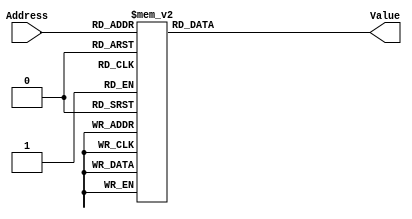
module rom16_im(
	input [2:0] Address, 
	output signed [13-1:0] Value
);

	reg signed[13-1:0] data;
	always @(Address) begin
		case (Address)
			0 : data = 13'd0;
			1 : data = -13'd784;
			2 : data = -13'd1449;
			3 : data = -13'd1893;
			4 : data = -13'd2048;
			5 : data = -13'd1893;
			6 : data = -13'd1449;
			7 : data = -13'd784;
		endcase
	end
	
	assign Value = data;
	
endmodule